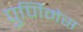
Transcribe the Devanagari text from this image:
पुर्णिमेस